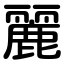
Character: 麗